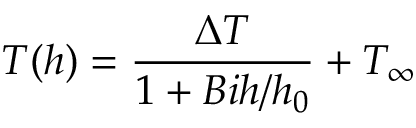
T ( h ) = \frac { \Delta T } { 1 + B i h / h _ { 0 } } + T _ { \infty }